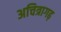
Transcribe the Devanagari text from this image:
अचित्रागढ़